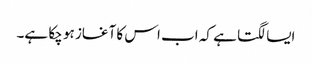
ایسا لگتا ہے کہ اب اس کا آغاز ہو چکا ہے۔